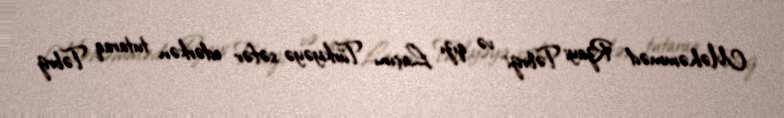
Məhəmməd Rzayi Təbrizi və qızı Laçını Türkiyəyə səfər edərkən tutaraq Təbriz